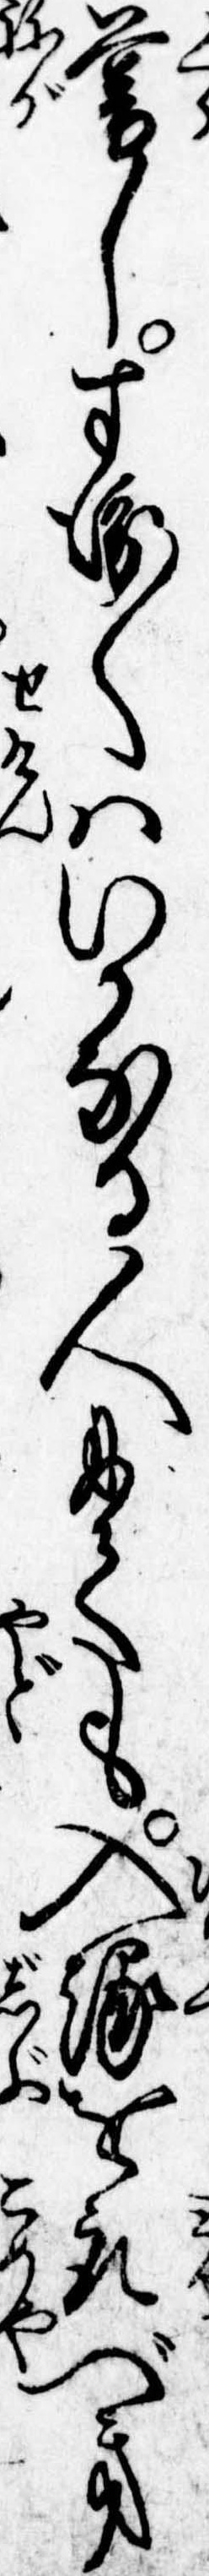
暮しすゑ〱はいかなる人にても入縁を取べき